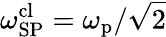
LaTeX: \omega_{\mathrm{SP}}^{\mathrm{cl}}=\omega_{\mathrm{p}}/\sqrt{2}